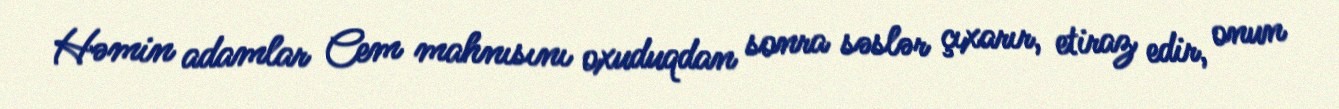
Həmin adamlar Cem mahnısını oxuduqdan sonra səslər çıxarır, etiraz edir, onun